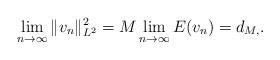
LaTeX: \begin{align*}\lim_{n\rightarrow \infty} \|v_n\|^2_{L^2} = M \lim_{n\rightarrow \infty} E(v_n) =d_{M,}.\end{align*}